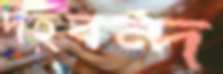
দহবন্দ